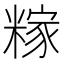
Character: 糘